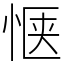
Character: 惬